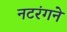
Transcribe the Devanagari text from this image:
नटरंगने